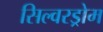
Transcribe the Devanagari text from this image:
सिल्वरड्रोम